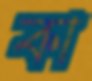
কা